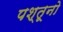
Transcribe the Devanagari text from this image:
पश्तूनो